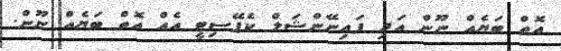
އޮތް ބަޔެއް ނޫން އަދި ފައިނޭންޝަލް ކެޕޭސިޓީ އެއް އޮތް ބަޔެއް ނޫން.